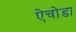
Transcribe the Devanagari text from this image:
ऐचोडा